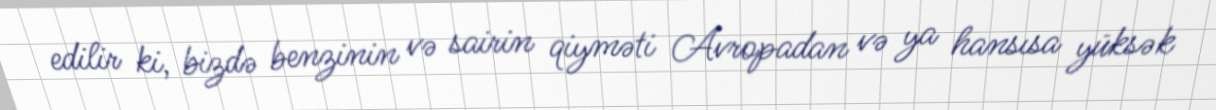
edilir ki, bizdə benzinin və sairin qiyməti Avropadan və ya hansısa yüksək